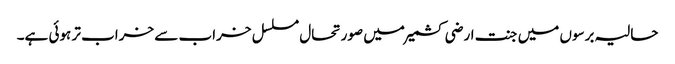
حالیہ برسوں میں جنت ارضی کشمیر میں صورتحال مسلسل خراب سے خراب تر ہوئی ہے۔